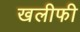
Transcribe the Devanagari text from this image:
खलीफी